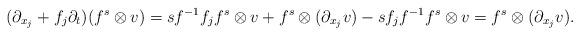
LaTeX: \begin{align*}(\partial_{x_j} + f_j \partial_t)(f^s\otimes v) = sf^{-1}f_jf^s \otimes v + f^s \otimes(\partial_{x_j}v)- sf_j f^{-1}f^s \otimes v = f^s \otimes(\partial_{x_j}v). \end{align*}